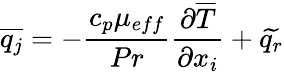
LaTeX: \overline{{q_{j}}}=-\frac{c_{p}\mu_{eff}}{Pr}\frac{\partial\overline{{T}}}{\partial x_{i}}+\widetilde{q_{r}}